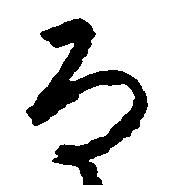
な